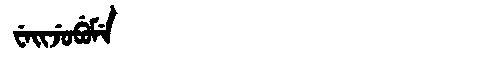
Manchu: ᠸᡝᡳᠵᡠᠪᡠᠮᡝ
Romanization: WEIJUBUME